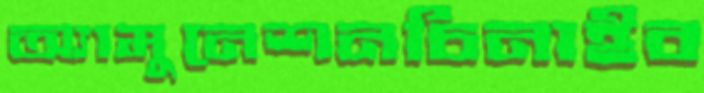
অ্যামুনেশনচিনাইব